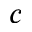
^ c